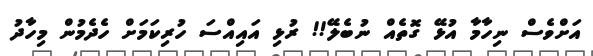
އަށްވެސް ނިހާމާ އުޅޭ ގޮތެއް ނުބެލޭ!! ރުޅި އައިއްސަ ހުރިކަމަށް ހެދެމުން މިހާދު